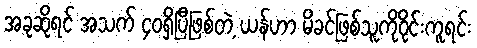
အခုဆိုရင် အသက် ၄၀ရှိပြီဖြစ်တဲ့ ယန်ဟာ မိခင်ဖြစ်သူကိုဝိုင်းကူရင်း